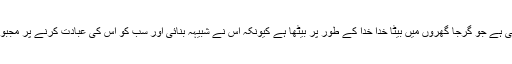
اب وہی ہے جو گرجا گھروں میں بیٹا خدا خدا کے طور پر بیٹھا ہے کیونکہ اس نے شبیہہ بنائی اور سب کو اس کی عبادت کرنے پر مجبور کیا۔